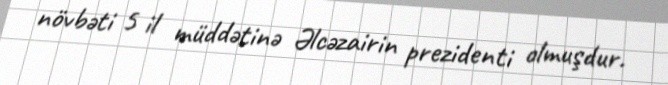
növbəti 5 il müddətinə Əlcəzairin prezidenti olmuşdur.